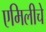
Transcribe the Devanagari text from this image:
एमिलीचे